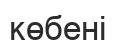
көбені